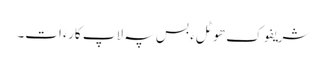
شریفوک ھوٹلءَ بس پہ لاپ کارءَ اَت۔